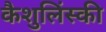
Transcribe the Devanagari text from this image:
कैशुलिंस्की